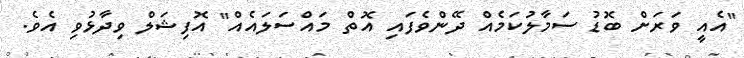
"އެއީ ވަރަށް ބޮޑު ސަމާލުކަމެއް ދޭންވެފައި އޮތް މައްސަލައެއް" އޮފިޝަލް ވިދާޅުވި އެވެ.